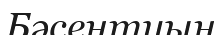
Бәсентиын